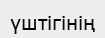
үштігінің